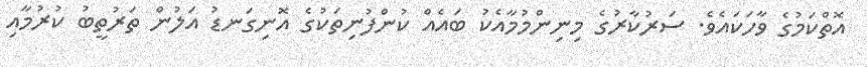
އޮތްކަމުގެ ވާހަކައެވެ. ސަރުކާރުގެ މިނިންމުމާއެކު ބައެއް ކުންފުނިތަކުގެ އޮނިގަނޑު އަލުން ތަރުތީބު ކުރުމާއި